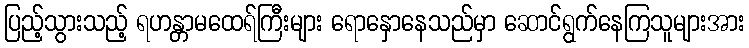
ပြည့်သွားသည့် ရဟန္တာမထေရ်ကြီးများ ရောနှောနေသည်မှာ ဆောင်ရွက်နေကြသူများအား